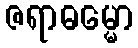
ဇရာဓမ္မော